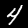
Digit: 4